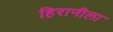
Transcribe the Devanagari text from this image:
हिरानीला